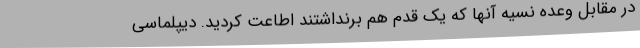
در مقابل وعده نسیه آنها که یک قدم هم برنداشتند اطاعت کردید. دیپلماسی